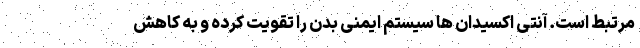
مرتبط است. آنتی اکسیدان ها سیستم ایمنی بدن را تقویت کرده و به کاهش